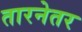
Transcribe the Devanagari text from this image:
तारनेतर